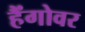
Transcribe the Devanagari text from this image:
हैंगोवर